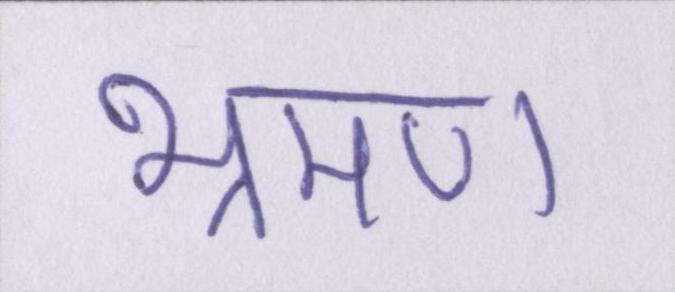
भ्रमण